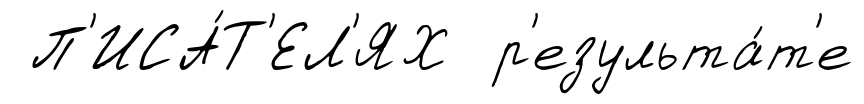
П'ИСА́Т'ЕЛ'ЯХ р'езульта́т'е